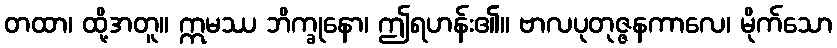
တထာ၊ ထို့အတူ။ ဣမဿ ဘိက္ခုနော၊ ဤရဟန်း၏။ ဗာလပုတုဇ္ဇနကာလေ၊ မိုက်သော